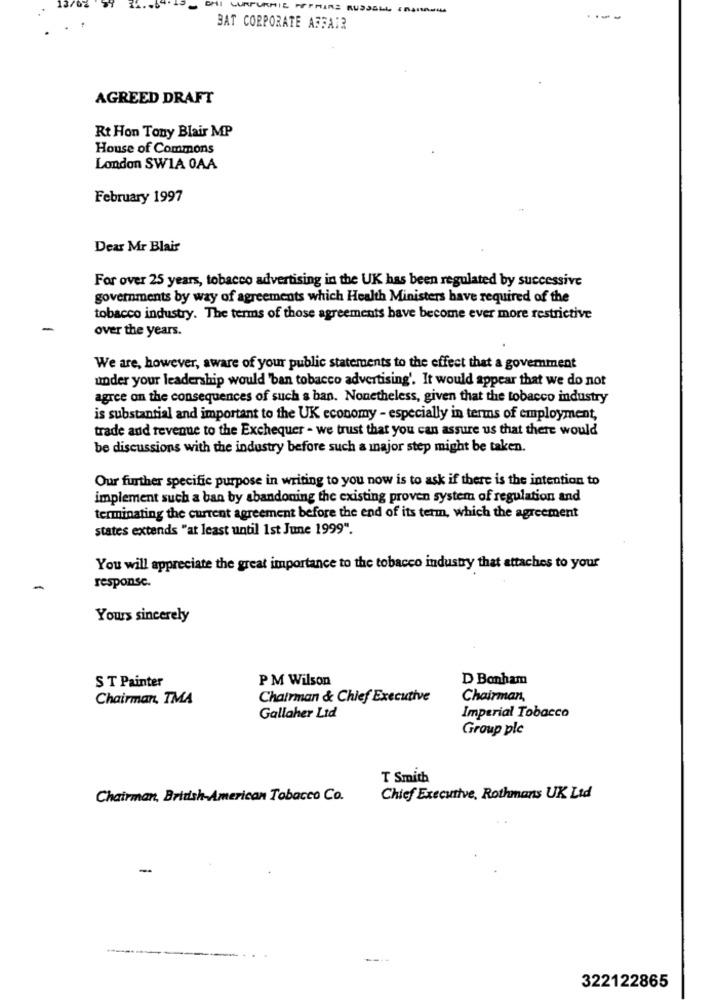
----
BAT CORPORATE AFFAIR
AGREED DRAFT
Rt Hon Tony Blair MP
House of Commons
London SWIA 0AA
February 1997
Dear Mr Blair
For over 25 years, tobacco advertising in the UK has been regulated by successive
governments by way of agreements which Health Ministers have required of the
tobacco industry. The terms of those agreements have become ever more restrictive
over the years.
We are, however, aware of your public statements to the effect that a government
under your leadership would 'ban tobacco advertising'. It would appear that we do not
agree on the consequences of such s ban. Nonetheless, given that the tobacco industry
is substantial and important to the UK economy - especially in terms of employment,
trade and revenue to the Exchequer - we trust that you can assure us that there would
be discussions with the industry before such a major step might be taken.
Our further specific purpose in writing to you now is to ask if there is the intention to
implement such a ban by abandoning the existing proven system of regulation and
terminating the current agreement before the end of its term, which the agreement
states extends "at least until 1st June 1999".
You will appreciate the great importance to the tobacco industry that attaches to your
response.
Yours sincerely
PM Wilson
D Bonham
S T Painter
Chairman, TMA
Chairman & Chief Executive
Chairman,
Gallaher Ltd
Imperial Tobacco
Group plc
T Smith
Chairman, British American Tobacco Co.
Chief Executive, Rothmans UK Lid
-
322122865